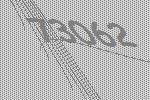
73062